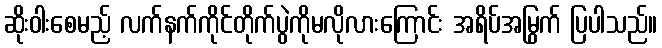
ဆိုးဝါးစေမည့် လက်နက်ကိုင်တိုက်ပွဲကိုမလိုလားကြောင်း အရိပ်အမြွက် ပြပါသည်။